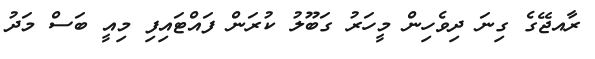
ރާއޖޭގެ ގިނަ ދިވެހިން މީހަރު ގަބޫލު ކުރަން ފައްޓައިފި މިއީ ބަސް މަދު